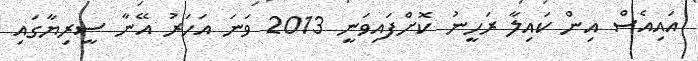
އައިއެސް އިން ކައިލާ ރަހީނު ކޮށްފައިވަނީ 2013 ވަނަ އަހަރު އޭނާ ސީރިޔާގައި